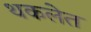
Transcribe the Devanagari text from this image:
थकलेत